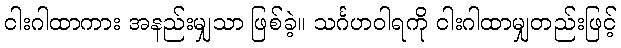
ငါးဂါထာကား အနည်းမျှသာ ဖြစ်ခဲ့။ သင်္ဂဟဝါရကို ငါးဂါထာမျှတည်းဖြင့်